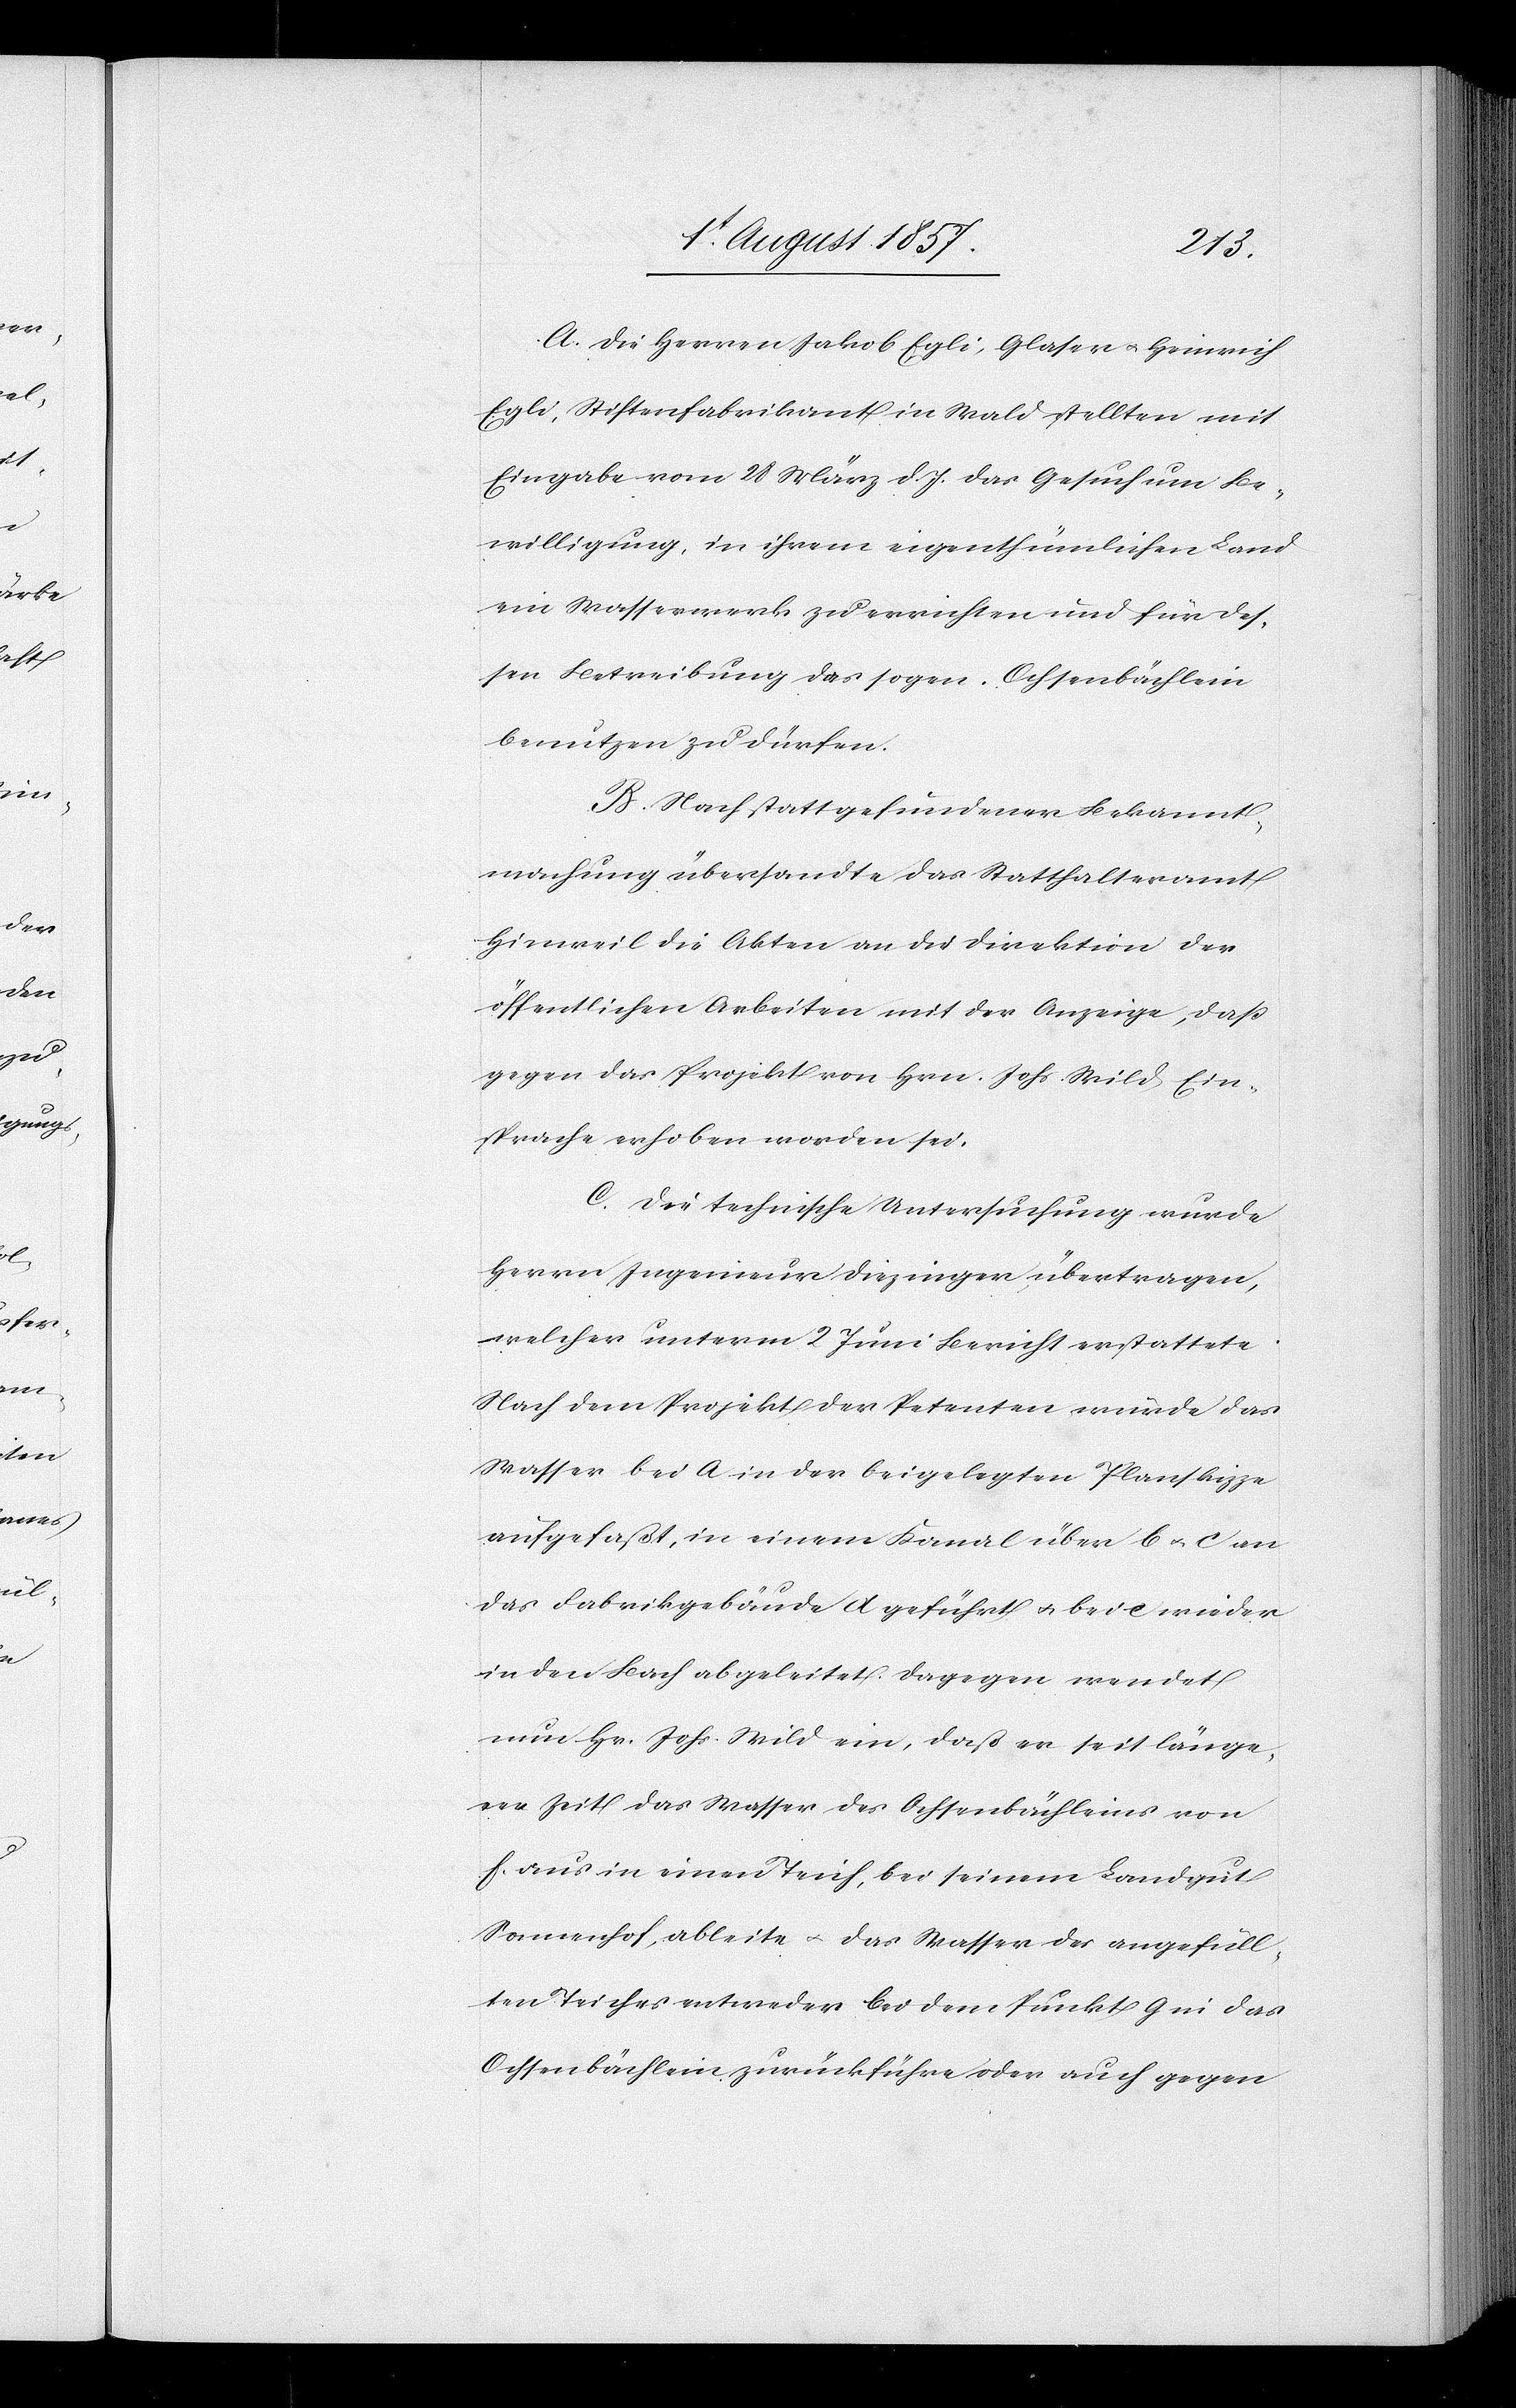
A. Die Herren Jakob Egli, Glaser & Heinrich
Egli, Stiftenfabrikant in Wald stellten mit
Eingabe vom 28 März d. J. das Gesuch um Be¬
willigung, in ihrem eigenthümlichen Land
ein Wasserwerk zu errichten und für des¬
sen Betreibung des sogen. Ochsenbächlein
benutzen zu dürfen.
B. Nach stattgefundener Bekannt¬
machung übersandte das Statthalteramt
Hinweil die Akten an die Direktion der
öffentlichen Arbeiten mit der Anzeige, daß
gegen das Projekt von Hrn. Johs. Wild Ein¬
sprache erhoben worden sei.
C. Die technische Untersuchung wurde
Herrn Ingenieur Diezinger übertragen,
welcher unterm 2 Juni Bericht erstattete.
Nach dem Projekt der Petenten würde das
Wasser bei a in der beigelegten Planskizze
aufgefaßt, in einem Kanal über b & c an
das Fabrikgebäude d geführt & bei e wieder
in den Bach abgeleitet. Dagegen wendet
nun Hr. Johs. Wild ein, daß er seit länge¬
rer Zeit das Wasser des Ochsenbächleins von
f aus in einen Teich, bei seinem Landgut
Sonnenhof, ableite & das Wassr des angefüll¬
ten Teiches entweder bei dem Punkt g in das
Ochsenbächlein zurückführe oder auch gegen